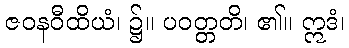
ဇဝနဝီထိယံ၊ ၌။ ပဝတ္တတိ၊ ၏။ ဣဒံ၊